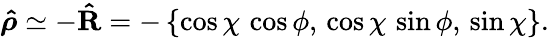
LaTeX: \boldsymbol{\hat{\rho}}\simeq-\boldsymbol{\hat{\mathrm{R}}}=-\left\{ \cos\chi\, \cos\phi,\, \cos\chi\, \sin\phi,\, \sin\chi\right\} .